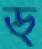
ড্